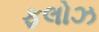
ફલોઝ